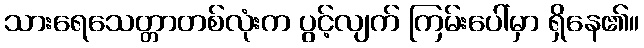
သားရေသေတ္တာတစ်လုံးက ပွင့်လျက် ကြမ်းပေါ်မှာ ရှိနေ၏။